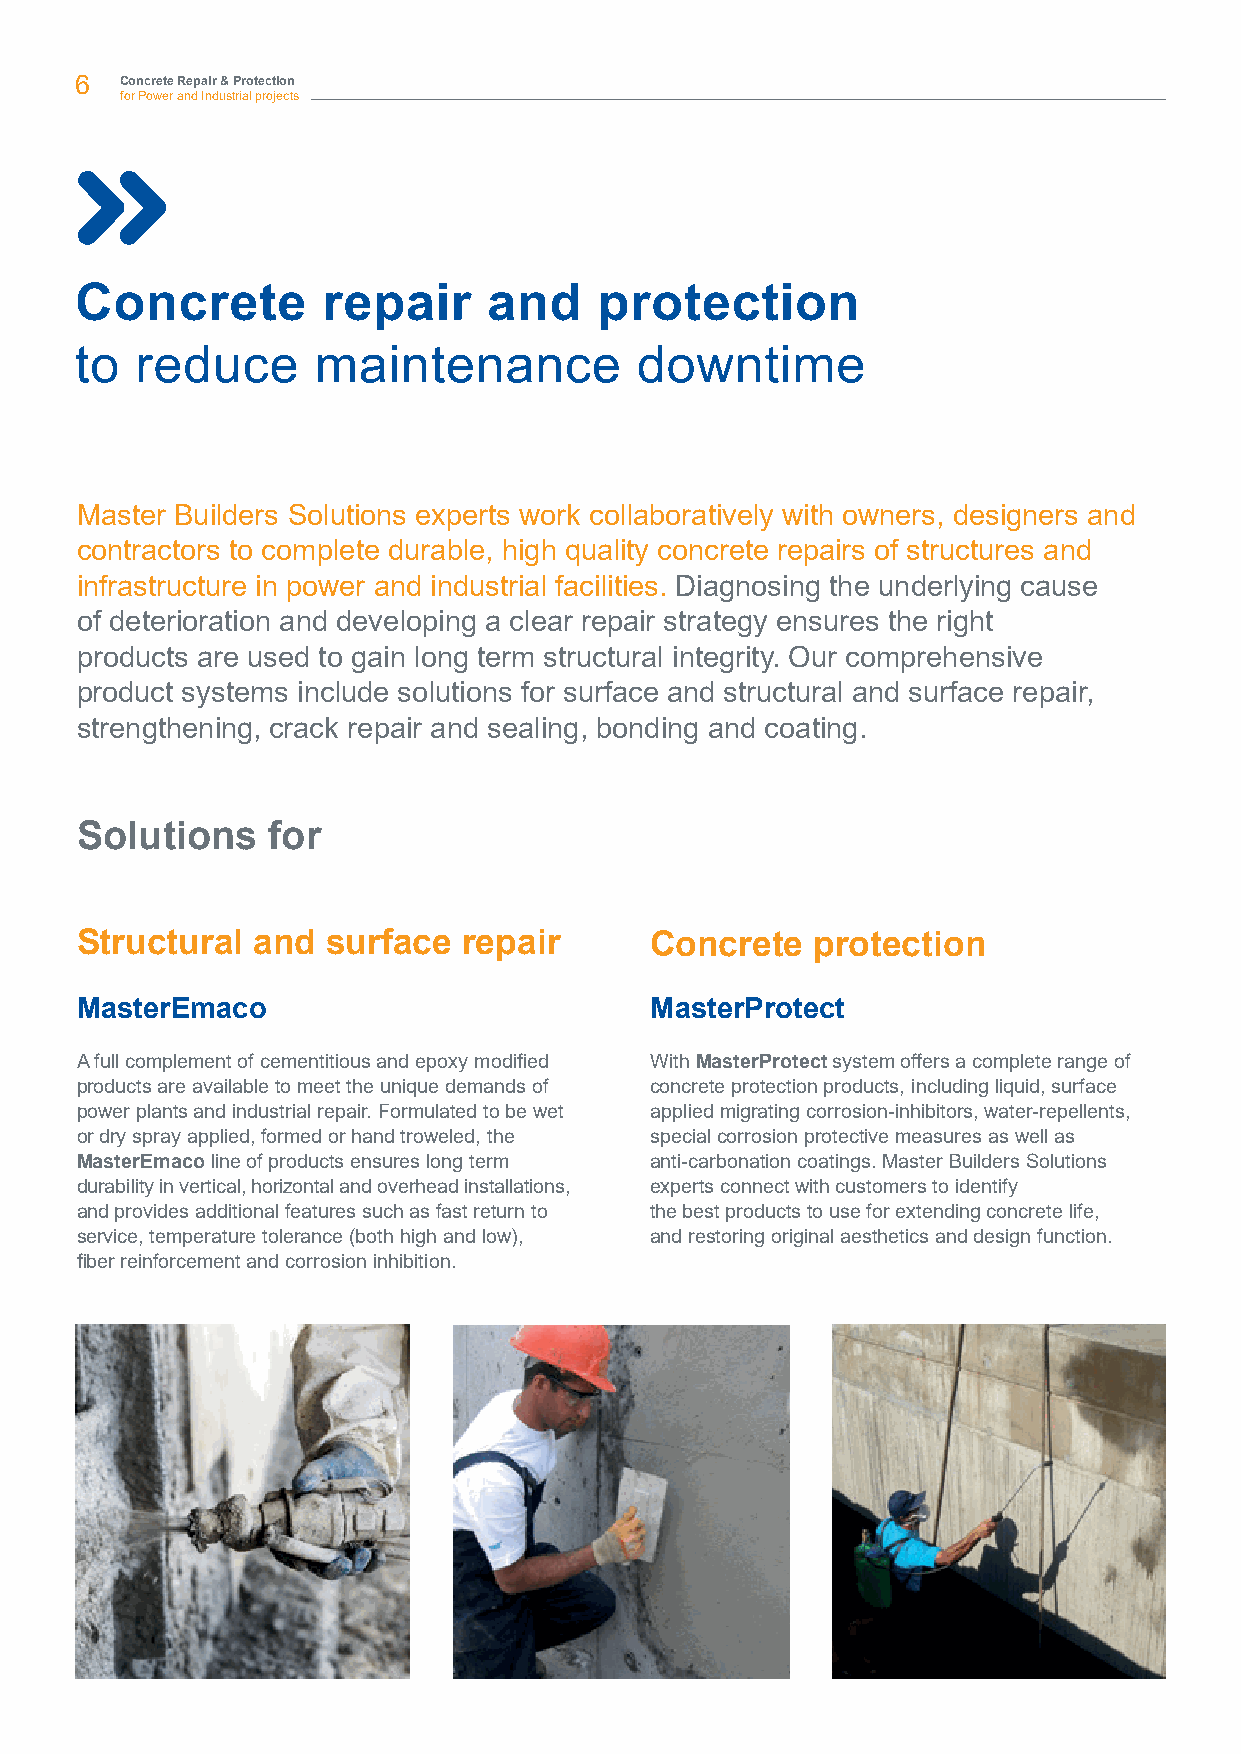
6  Concrete Repair & Protection
 for Power and Industrial projects
 Concrete        repair     and     protection
 to  reduce      maintenance          downtime
 Master Builders Solutions experts work collaboratively with owners, designers and
 contractors to complete durable, high quality concrete repairs of structures and
 infrastructure in power and industrial facilities. Diagnosing the underlying cause
 of deterioration and developing a clear repair strategy ensures the right
 products are used to gain long term structural integrity. Our comprehensive
 product systems include solutions for surface and structural and surface repair,
 strengthening, crack repair and sealing, bonding and coating.
 Solutions    for
 Structural  and  surface  repair      Concrete   protection
 MasterEmaco                           MasterProtect
 A full complement of cementitious and epoxy modified With MasterProtect system offers a complete range of
 products are available to meet the unique demands of concrete protection products, including liquid, surface
 power plants and industrial repair. Formulated to be wet applied migrating corrosion-inhibitors, water-repellents,
 or dry spray applied, formed or hand troweled, the special corrosion protective measures as well as
 MasterEmaco line of products ensures long term anti-carbonation coatings. Master Builders Solutions
 durability in vertical, horizontal and overhead installations, experts connect with customers to identify
 and provides additional features such as fast return to the best products to use for extending concrete life,
 service, temperature tolerance (both high and low), and restoring original aesthetics and design function.
 fiber reinforcement and corrosion inhibition.